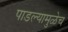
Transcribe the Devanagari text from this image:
पाडल्यामुळेच